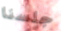
جلسنا